Vaccination in Bombay 1856-1862 - 1856-1862
Year: 1856
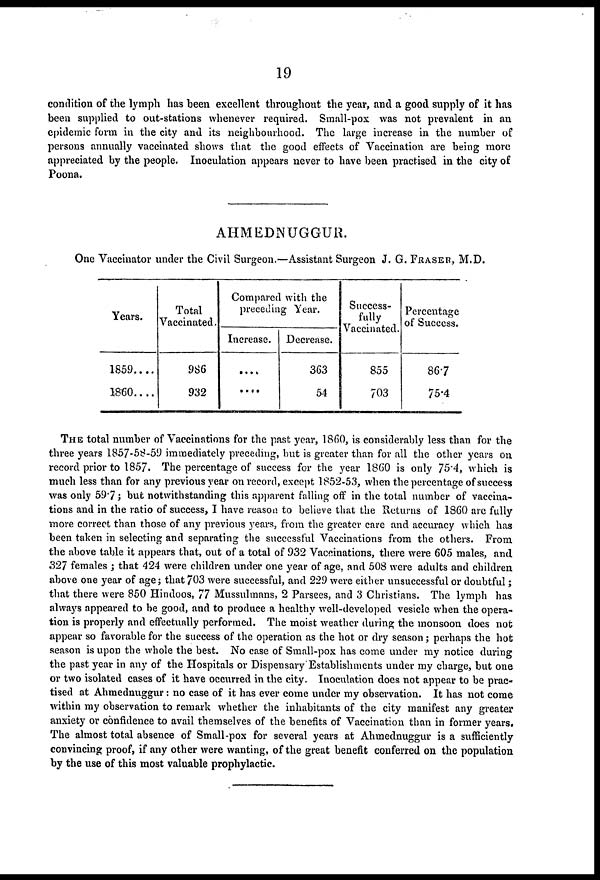
19
condition of the lymph has been excellent throughout the year, and a good supply of it has
been supplied to out-stations whenever required. Small-pox was not prevalent in an
epidemic form in the city and its neighbourhood. The large increase in the number of
persons annually vaccinated shows that the good effects of Vaccination are being more
appreciated by the people. Inoculation appears never to have been practised in the city of
Poona.
AHMEDNUGGUR.
One Vaccinator under the Civil Surgeon.—Assistant Surgeon J. G. FRASER, M.D.
Years.
1859....
1860....
Total
Vaccinated.
986
932
Compared with the
preceding Year.
Increase.
....
....
Decrease.
363
54
Success-
fully
Vaccinated.
855
703
Percentage
of Success.
86.7
75.4
THE total number of Vaccinations for the past year, 1860, is considerably less than for the
three years 1857-58-59 immediately preceding, hut is greater than for all the other years on
record prior to 1857. The percentage of success for the year 1860 is only 75.4, which is
much less than for any previous year on record, except 1852-53, when the percentage of success
was only 59.7; but notwithstanding this apparent falling off in the total number of vaccina-
tions and in the ratio of success, I have reason to believe that the Returns of 1860 are fully
more correct than those of any previous years, from the greater care and accuracy which has
been taken in selecting and separating the successful Vaccinations from the others. From
the above table it appears that, out of a total of 932 Vaccinations, there were 605 males, and
327 females ; that 424 were children under one year of age, and 508 were adults and children
above one year of age; that 703 were successful, and 229 were either unsuccessful or doubtful;
that there were 850 Hindoos, 77 Mussulmans, 2 Parsees, and 3 Christians. The lymph has
always appeared to be good, and to produce a healthy well-developed vesicle when the opera-
tion is properly and effectually performed. The moist weather during the monsoon does not
appear so favorable for the success of the operation as the hot or dry season; perhaps the hot
season is upon the whole the best. No case of Small-pox has come under my notice during
the past year in any of the Hospitals or Dispensary Establishments under my charge, but one
or two isolated cases of it have occurred in the city. Inoculation does not appear to be prac-
tised at Ahmednuggur: no case of it has ever come under my observation. It has not come
within my observation to remark whether the inhabitants of the city manifest any greater
anxiety or confidence to avail themselves of the benefits of Vaccination than in former years.
The almost total absence of Small-pox for several years at Ahmednuggur is a sufficiently
convincing proof, if any other were wanting, of the great benefit conferred on the population
by the use of this most valuable prophylactic.